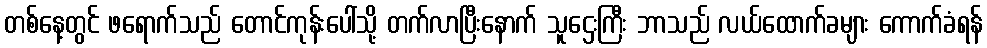
တစ်နေ့တွင် ဖရောက်သည် တောင်ကုန်းပေါ်သို့ တက်လာပြီးနောက် သူဌေးကြီး ဘာသည် လယ်ထောက်ခများ ကောက်ခံရန်